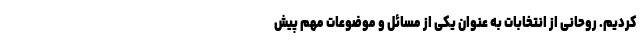
کردیم. روحانی از انتخابات به عنوان یکی از مسائل و موضوعات مهم پیش